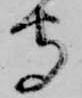
守